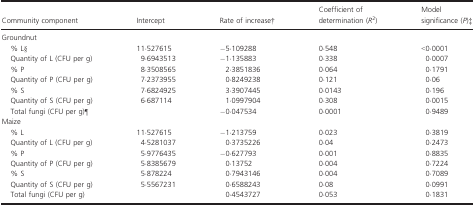
<table><thead><tr><td><b>Community component</b></td><td><b>Intercept</b></td><td><b>Rate of increaseb</b></td><td><b>Coefficient of determination (<i>R</i><sup>2</sup>)</b></td><td><b>Model significance (<i>P</i>)c</b></td></tr></thead><tbody><tr><td colspan="5">Groundnut</td></tr><tr><td>% Ld</td><td>11·527615</td><td>−5·109288</td><td>0·548</td><td>&lt;0·0001</td></tr><tr><td>Quantity of L (CFU per g)</td><td>9·6943513</td><td>−1·135883</td><td>0·338</td><td>0·0007</td></tr><tr><td>% P</td><td>8·3508565</td><td>2·3851836</td><td>0·064</td><td>0·1791</td></tr><tr><td>Quantity of P (CFU per g)</td><td>7·2373955</td><td>0·8249238</td><td>0·121</td><td>0·06</td></tr><tr><td>% S</td><td>7·6824925</td><td>3·3907445</td><td>0·0143</td><td>0·196</td></tr><tr><td>Quantity of S (CFU per g)</td><td>6·687114</td><td>1·0997904</td><td>0·308</td><td>0·0015</td></tr><tr><td>Total fungi (CFU per g)e</td><td></td><td>−0·047534</td><td>0·0001</td><td>0·9489</td></tr><tr><td colspan="5">Maize</td></tr><tr><td>% L</td><td>11·527615</td><td>−1·213759</td><td>0·023</td><td>0·3819</td></tr><tr><td>Quantity of L (CFU per g)</td><td>4·5281037</td><td>0·3735226</td><td>0·04</td><td>0·2473</td></tr><tr><td>% P</td><td>5·9776435</td><td>−0·627793</td><td>0·001</td><td>0·8835</td></tr><tr><td>Quantity of P (CFU per g)</td><td>5·8385679</td><td>0·13752</td><td>0·004</td><td>0·7224</td></tr><tr><td>% S</td><td>5·878224</td><td>0·7943146</td><td>0·004</td><td>0·7089</td></tr><tr><td>Quantity of S (CFU per g)</td><td>5·5567231</td><td>0·6588243</td><td>0·08</td><td>0·0991</td></tr><tr><td>Total fungi (CFU per g)</td><td></td><td>0·4543727</td><td>0·053</td><td>0·1831</td></tr></tbody></table>